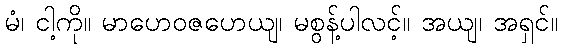
မံ၊ ငါ့ကို။ မာဟေဝဇဟေယျ၊ မစွန့်ပါလင့်။ အယျ၊ အရှင်။